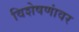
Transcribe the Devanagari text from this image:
विशेषणांवर